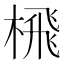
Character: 榌